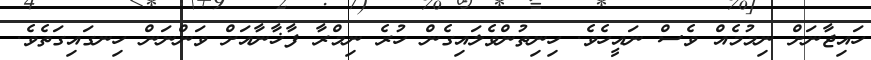
ހައިޖާނަށް ނިމުމެއް ވެސް ނައީހެވެ. ހިނިތުންވެލައިގެން ހުރެ ނިމްރާ ފާޚާނާއަށް ވަންނަން ހިނގައިގަތެވެ.